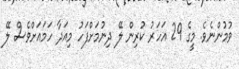
ވުމުންނެވެ. މީގެ 29 އަހަރު ކުރިން ލޭ ދިނުމަށްފަހު މިއަދާ ހަމައަށްވެސް ލޭ